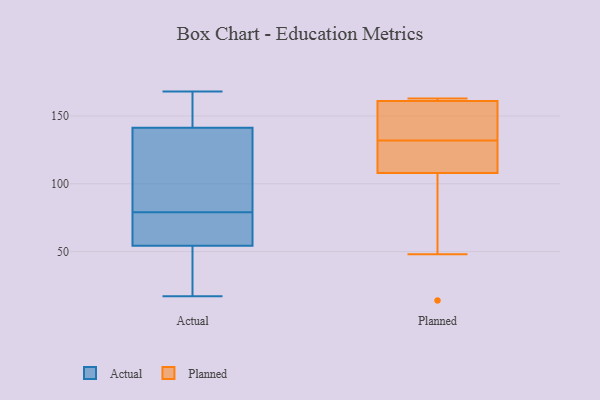
{"axis": {"x": "Website Visitors", "y": "Value"}, "legend": ["Actual", "Planned"], "data": [{"x": "", "y": 140, "type": "Actual"}, {"x": "", "y": 52, "type": "Actual"}, {"x": "", "y": 101, "type": "Actual"}, {"x": "", "y": 79, "type": "Actual"}, {"x": "", "y": 162, "type": "Actual"}, {"x": "", "y": 136, "type": "Actual"}, {"x": "", "y": 25, "type": "Actual"}, {"x": "", "y": 55, "type": "Actual"}, {"x": "", "y": 56, "type": "Actual"}, {"x": "", "y": 58, "type": "Actual"}, {"x": "", "y": 145, "type": "Actual"}, {"x": "", "y": 17, "type": "Actual"}, {"x": "", "y": 168, "type": "Actual"}, {"x": "", "y": 132, "type": "Planned"}, {"x": "", "y": 150, "type": "Planned"}, {"x": "", "y": 48, "type": "Planned"}, {"x": "", "y": 161, "type": "Planned"}, {"x": "", "y": 143, "type": "Planned"}, {"x": "", "y": 14, "type": "Planned"}, {"x": "", "y": 113, "type": "Planned"}, {"x": "", "y": 108, "type": "Planned"}, {"x": "", "y": 161, "type": "Planned"}, {"x": "", "y": 132, "type": "Planned"}, {"x": "", "y": 162, "type": "Planned"}, {"x": "", "y": 125, "type": "Planned"}, {"x": "", "y": 14, "type": "Planned"}, {"x": "", "y": 163, "type": "Planned"}]}